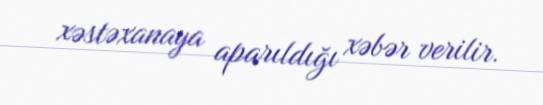
xəstəxanaya aparıldığı xəbər verilir.